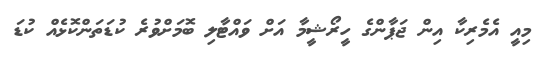
މިއީ އެމެރިކާ އިން ޖަޕާންގެ ހީރޯޝީމާ އަށް ވައްޓާލި ބޮމަށްވުރެ ކުޑަތަންކޮޅެއް ކުޑަ